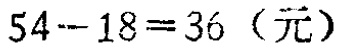
\(54 - 18 = 36\)（元）